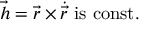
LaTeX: { \vec { h } } = { \vec { r } } \times { \dot { \vec { r } } } { \mathrm { ~ i s ~ c o n s t . } }